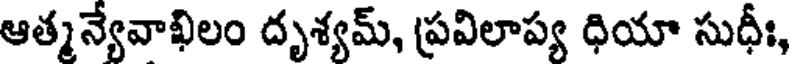
ఆత్మన్యేవాఖిలం దృశ్యమ్, ప్రవిలాప్య ధియా సుధీః,